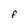
Character: F